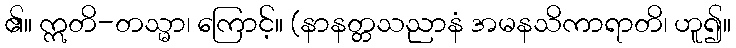
၏။ ဣတိ-တသ္မာ၊ ကြောင့်။ (နာနတ္တသညာနံ အမနသိကာရာတိ၊ ဟူ၍။